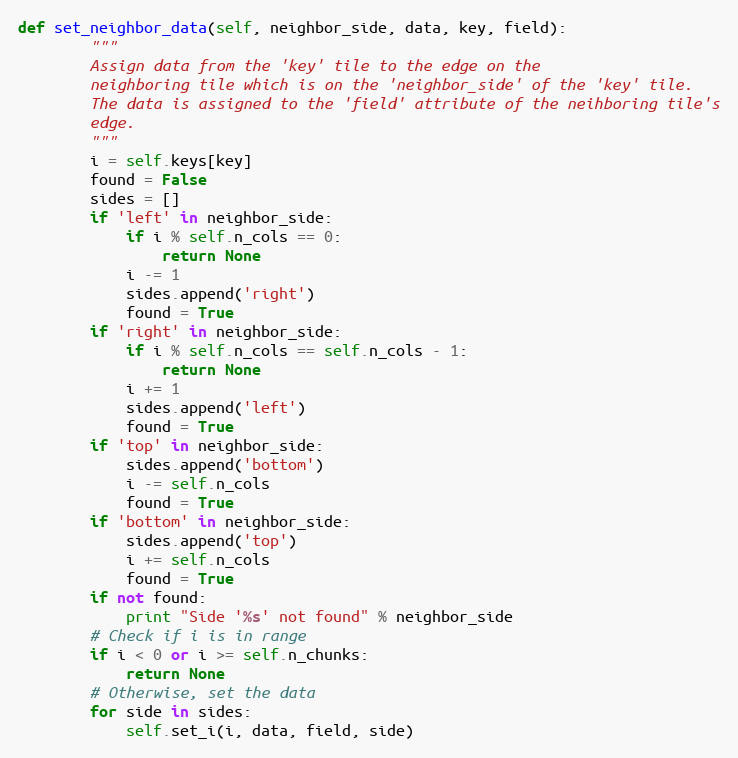
Language: Python
def set_neighbor_data(self, neighbor_side, data, key, field):
        """
        Assign data from the 'key' tile to the edge on the
        neighboring tile which is on the 'neighbor_side' of the 'key' tile.
        The data is assigned to the 'field' attribute of the neihboring tile's
        edge.
        """
        i = self.keys[key]
        found = False
        sides = []
        if 'left' in neighbor_side:
            if i % self.n_cols == 0:
                return None
            i -= 1
            sides.append('right')
            found = True
        if 'right' in neighbor_side:
            if i % self.n_cols == self.n_cols - 1:
                return None
            i += 1
            sides.append('left')
            found = True
        if 'top' in neighbor_side:
            sides.append('bottom')
            i -= self.n_cols
            found = True
        if 'bottom' in neighbor_side:
            sides.append('top')
            i += self.n_cols
            found = True
        if not found:
            print "Side '%s' not found" % neighbor_side
        # Check if i is in range
        if i < 0 or i >= self.n_chunks:
            return None
        # Otherwise, set the data
        for side in sides:
            self.set_i(i, data, field, side)